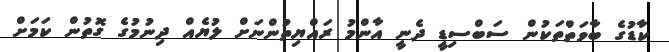
ކާޑުގެ ބާވަތްތަކުން ސަބްސިޑީ ދެނީ އާންމު ރައްޔިތުންނަށް ލުޔެއް ދިނުމުގެ ގޮތުން ކަމަށް